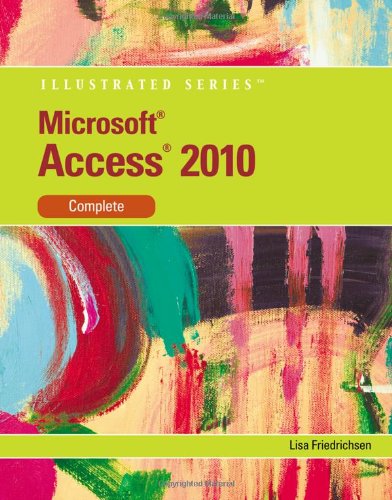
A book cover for Microsoft Access 2010: Illustrated Complete (Illustrated Series: Individual Office Applications); Lisa Friedrichsen; Computers & Technology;